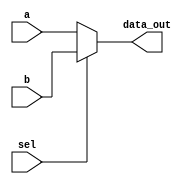
/**
  * Mux 2x1 routes 16 bits
  *
  * Output Ports: 
  * 	-data_out: 16 bits 
  *
  * Input ports: 
  * 	-a: 16 bit to be routed according to sel
  *		-b: 16 bit to be routed according to sel
  *		-sel: 1 bit signal to chose between a or b (0 selects a, 1 selects b)
  *
  */

module Mux2way16(data_out, a, b, sel);

	output reg[15:0] data_out; 
	input wire[15:0] a, b;
	input wire sel;
	wire not_sel, w1, w2, w3, w4; // w1 = a.b; w2 = b.sel; w3 = a.not_sel; w4 = w1 + w2

	always@(a or b or sel)
	begin
		if(sel)
			data_out = b;
		else
			data_out = a;
	end

endmodule